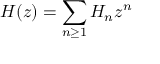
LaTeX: H ( z ) = \sum _ { n \geq 1 } { H _ { n } z ^ { n } }